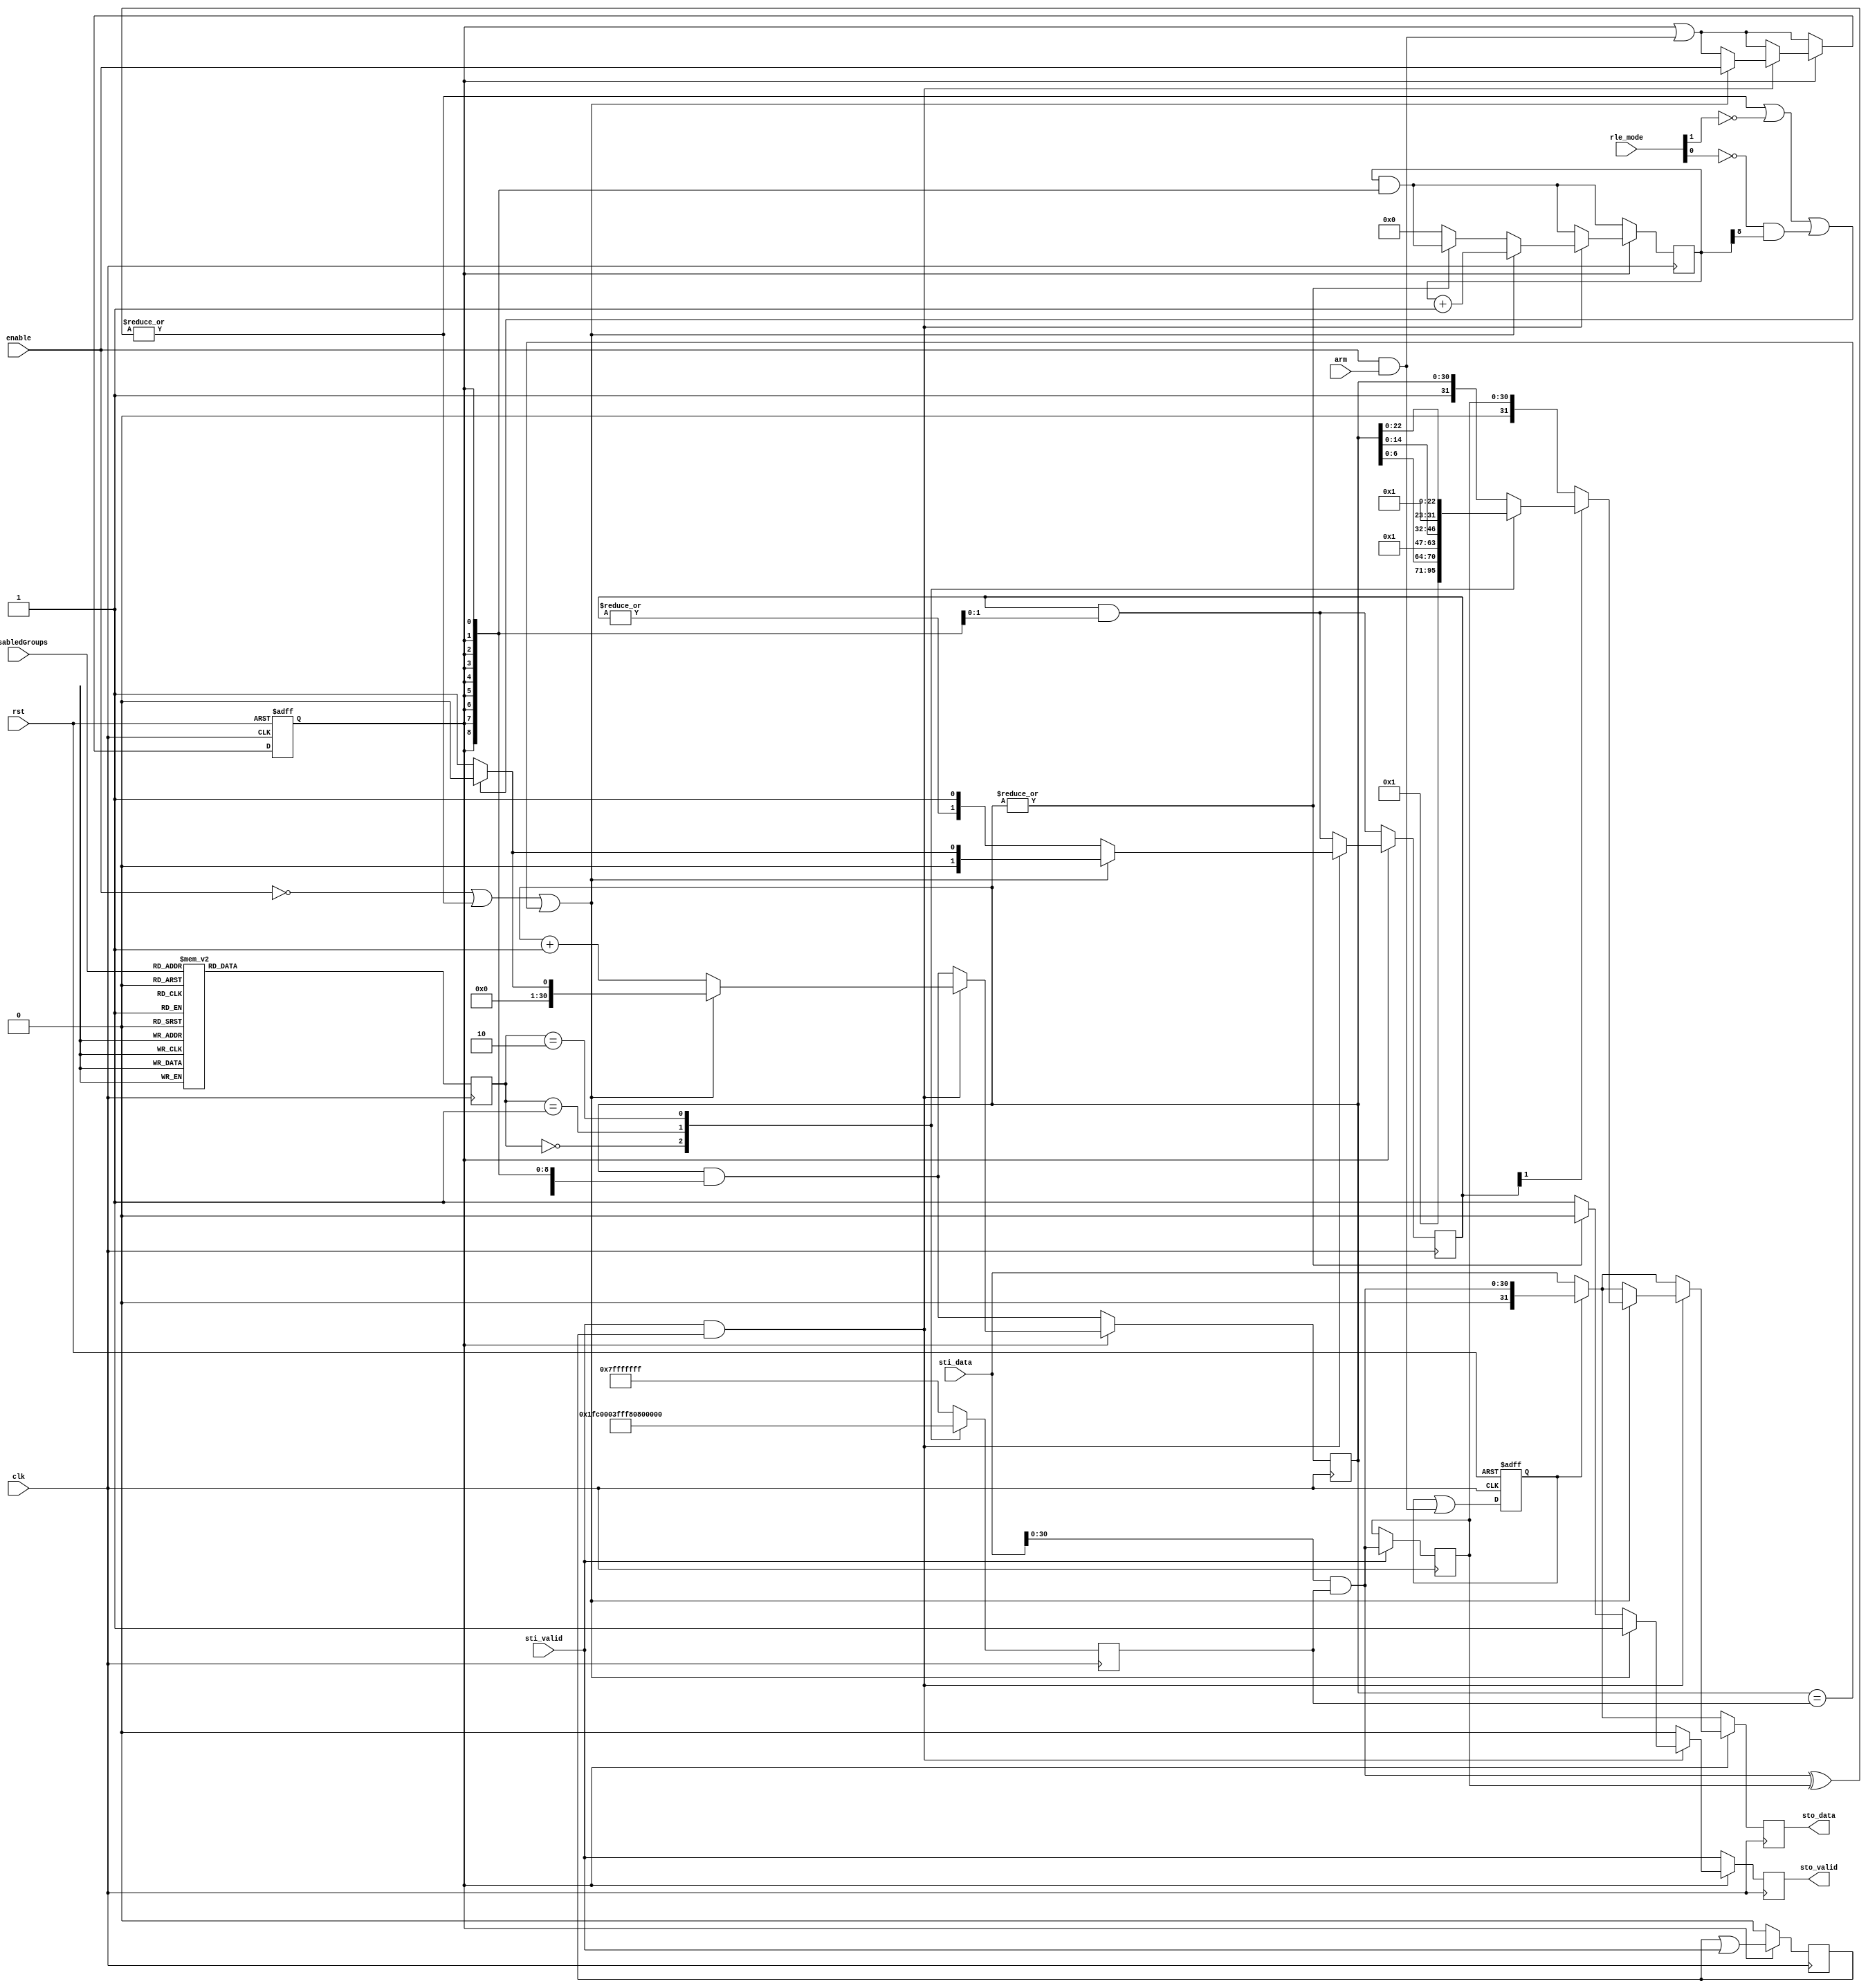
module rle_enc #(
  parameter integer DW = 32
)(
  input  wire          clk,
  input  wire          rst,
  input  wire          enable,
  input  wire          arm,
  input  wire    [1:0] rle_mode,
  input  wire    [3:0] disabledGroups,
  input  wire [DW-1:0] sti_data,
  input  wire          sti_valid,
  output reg  [DW-1:0] sto_data,
  output reg           sto_valid = 0
);
localparam RLE_COUNT = 1'b1;
reg         active = 0, next_active;
reg         mask_flag = 0, next_mask_flag;
reg   [1:0] mode;
reg  [30:0] data_mask;
reg  [30:0] last_data, next_last_data;
reg         last_valid = 0, next_last_valid;
reg  [31:0] next_sto_data;
reg         next_sto_valid;
reg  [30:0] count = 0, next_count;		
reg   [8:0] fieldcount = 0, next_fieldcount;	
reg   [1:0] track = 0, next_track;		
wire [30:0] inc_count = count+1'b1;
wire        count_zero = ~|count;
wire        count_gt_one = track[1];
wire        count_full = (count==data_mask);
reg         mismatch;
wire [30:0] masked_sti_data = sti_data & data_mask;
wire rle_repeat_mode = 0; 
always @ (posedge clk)
begin
  case (disabledGroups)
    4'b1110,4'b1101,4'b1011,4'b0111                 : mode <= 2'h0; 
    4'b1100,4'b1010,4'b0110,4'b1001,4'b0101,4'b0011 : mode <= 2'h1; 
    4'b1000,4'b0100,4'b0010,4'b0001                 : mode <= 2'h2; 
    default                                         : mode <= 2'h3; 
  endcase
  case (mode)
    2'h0    : data_mask <= 32'h0000007F;
    2'h1    : data_mask <= 32'h00007FFF;
    2'h2    : data_mask <= 32'h007FFFFF;
    default : data_mask <= 32'h7FFFFFFF;
  endcase
end
always @ (posedge clk, posedge rst)
if (rst) begin
  active    <= 0;
  mask_flag <= 0;
end else begin
  active    <= next_active;
  mask_flag <= next_mask_flag;
end
always @ (posedge clk)
begin
  count      <= next_count;
  fieldcount <= next_fieldcount;
  track      <= next_track;
  sto_data   <= next_sto_data;
  sto_valid  <= next_sto_valid;
  last_data  <= next_last_data;
  last_valid <= next_last_valid;
end
always @*
begin
  next_active = active | (enable && arm);
  next_mask_flag = mask_flag | (enable && arm); 
  next_sto_data = (mask_flag) ? masked_sti_data : sti_data;
  next_sto_valid = sti_valid;
  next_last_data = (sti_valid) ? masked_sti_data : last_data; 
  next_last_valid = 1'b0;
  next_count = count & {31{active}};
  next_fieldcount = fieldcount & {9{active}};
  next_track = track & {2{active}};
  mismatch = |(masked_sti_data^last_data); 
  if (active)
    begin
      next_sto_valid = 1'b0;
      next_last_valid = last_valid | sti_valid;
      if (sti_valid && last_valid)
        if (!enable || mismatch || count_full) 
          begin
	    next_active = enable;
            next_sto_valid = 1'b1;
            next_sto_data = {RLE_COUNT,count};
            case (mode)
              2'h0 : next_sto_data = {RLE_COUNT,count[6:0]};
              2'h1 : next_sto_data = {RLE_COUNT,count[14:0]};
              2'h2 : next_sto_data = {RLE_COUNT,count[22:0]};
            endcase
            if (!count_gt_one) next_sto_data = last_data;
	    next_fieldcount = fieldcount+1'b1; 
	    next_count = (mismatch || ~rle_mode[1] || ~rle_mode[0] & fieldcount[8]) ? 0 : 1;
	    next_track = next_count[1:0];
          end
        else 
	  begin
            next_count = inc_count;
	    if (count_zero) 
	      begin
		next_fieldcount = 0;
		next_sto_valid = 1'b1;
	      end
	    if (rle_repeat_mode && count_zero) next_count = 2;
	    next_track = {|track,1'b1};
	  end
    end
end
endmodule